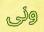
ونى